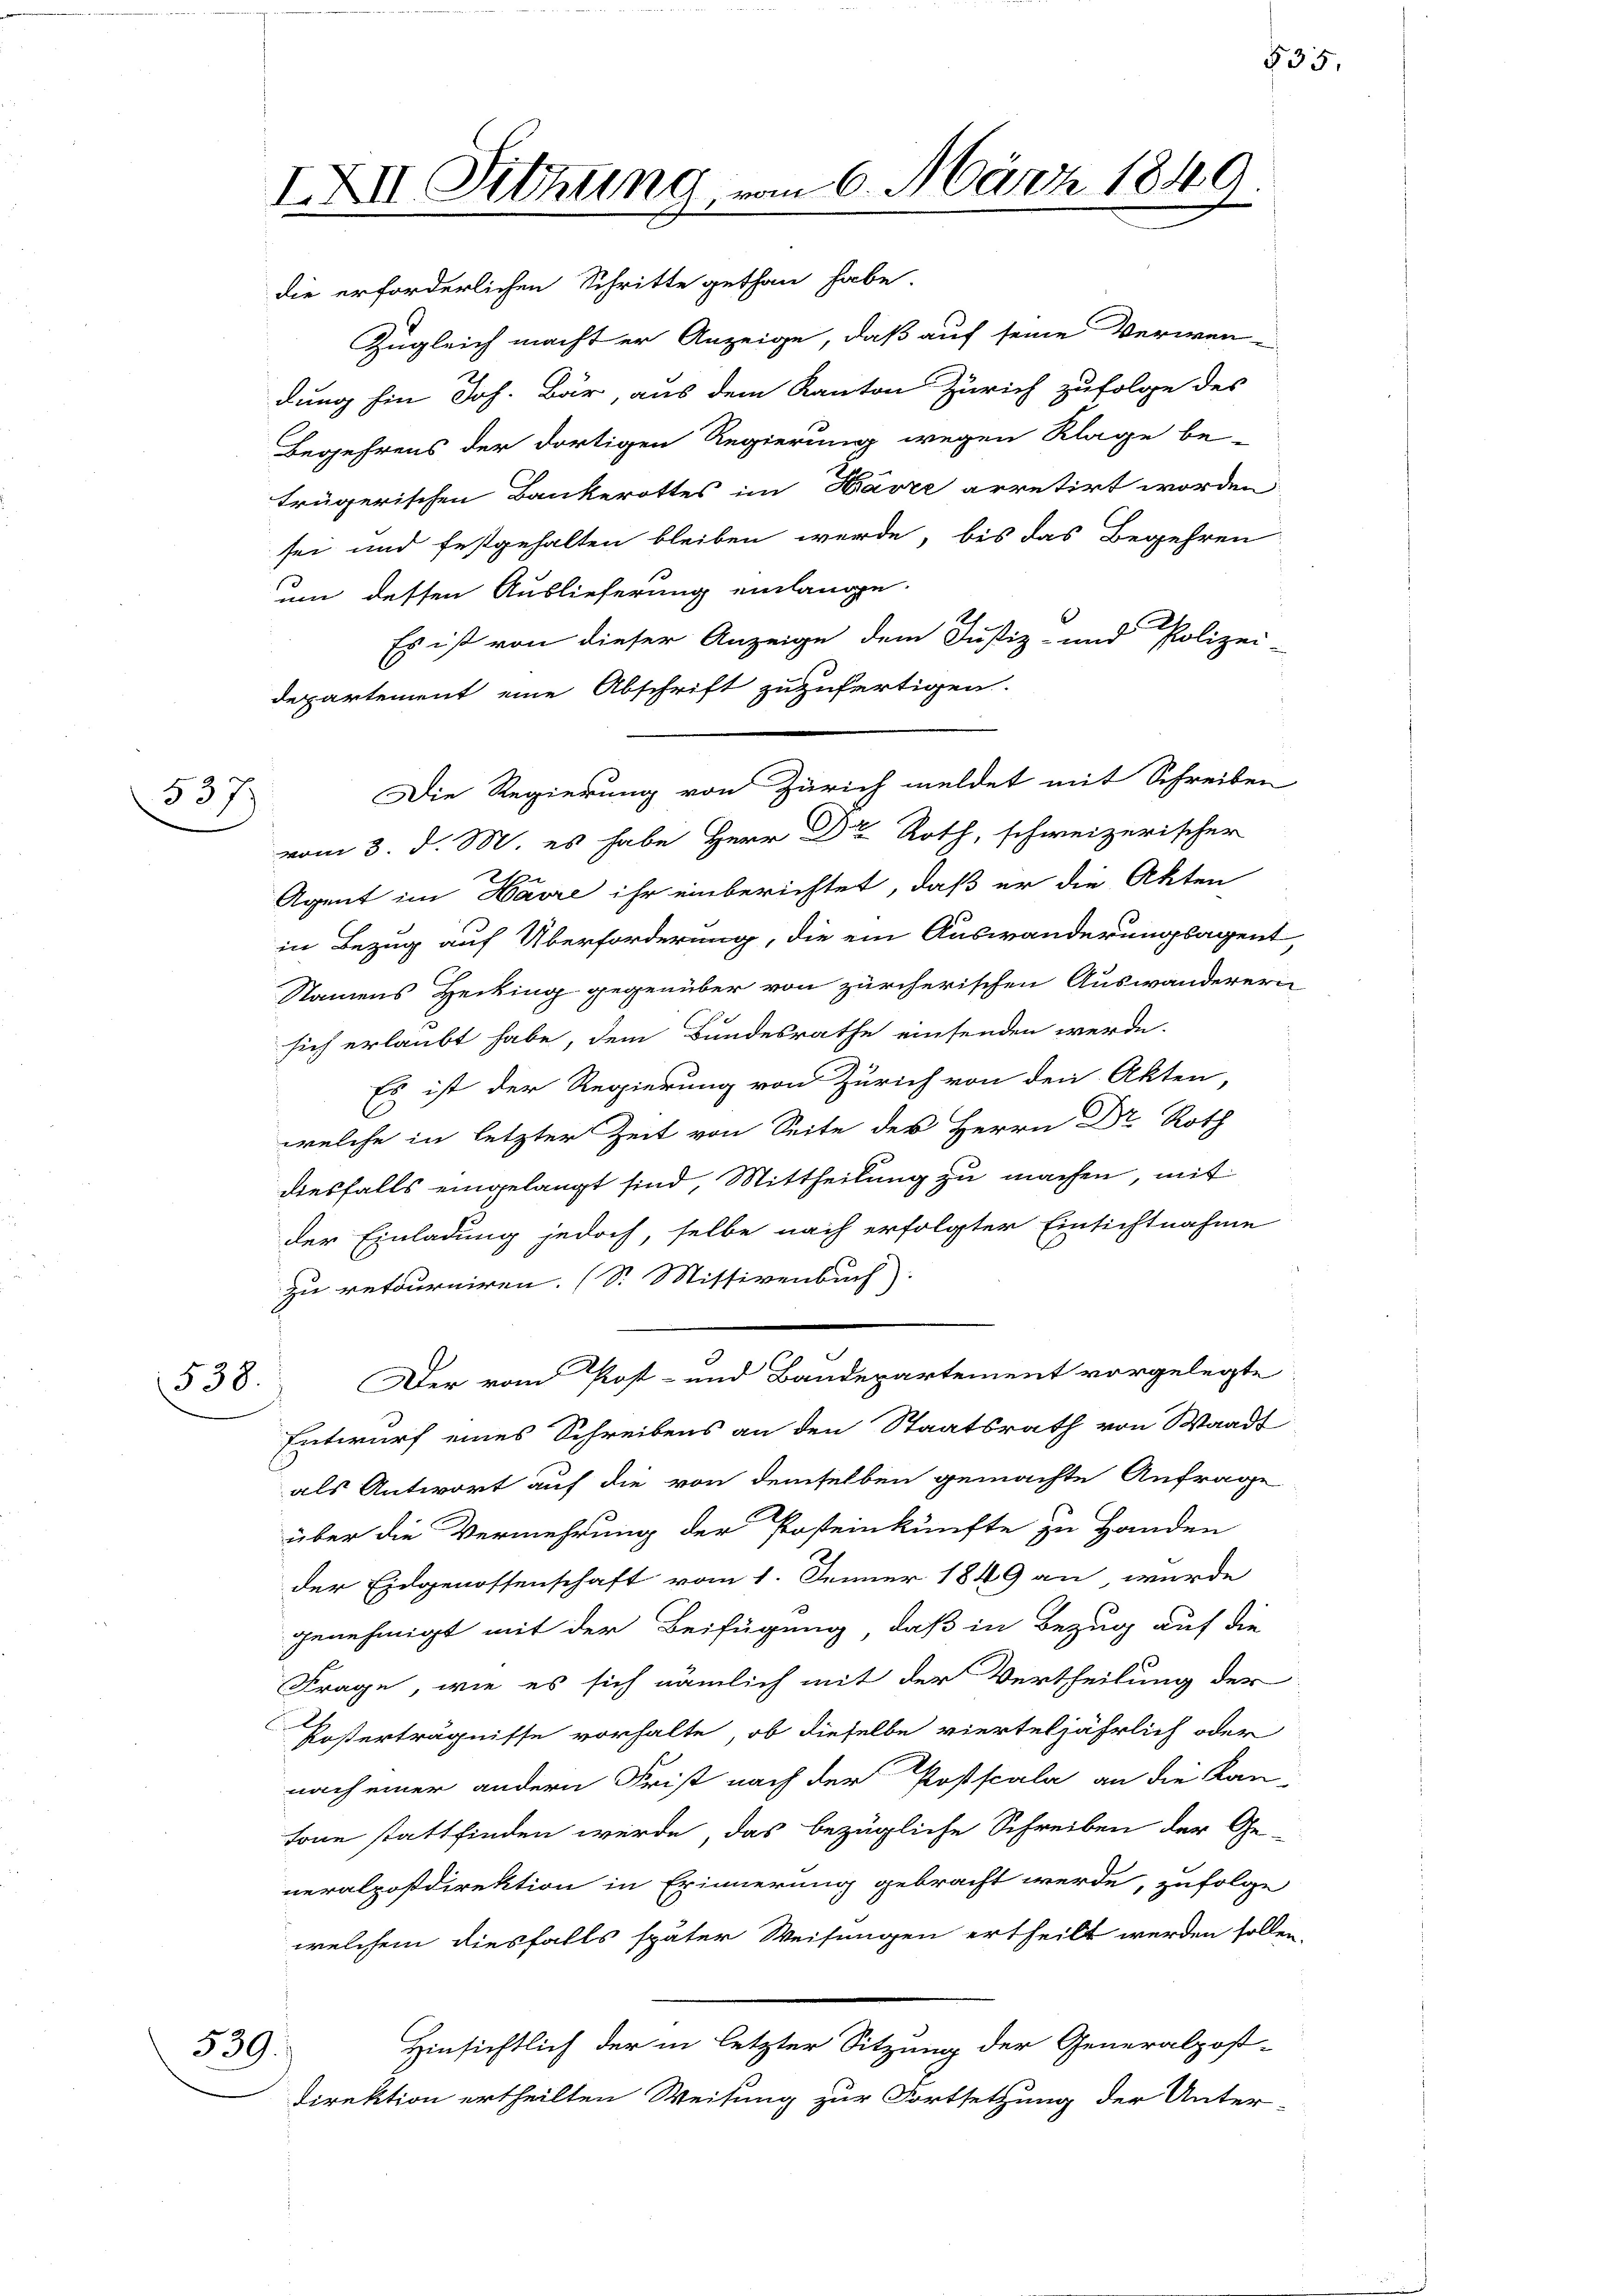
537

Zugleich macht er Anzeige, daß auf seine Verwen-
dung hin Joh. Bär, aus dem Kanton Zürich zufolge des
Begehrens der dortigen Regierung wegen Klage be-
trügerischen Bankerottes im Havre arretirt worden
sei und festgehalten bleiben werde, bis das Begehren
um dessen Auslieferung einlangen.
Es ist von dieser Anzeige dem Justiz- und Polizei
departement eine Abschrift zuzufertigen.
vom 3. d. M. es habe Herr Dr. Roth, schweizerischer
Agent im Havre ihr einberichtet, daß er die Akten
in Bezug auf Überforderung, die ein Auswanderungsagent,
Namens Hecking gegenüber von zürcherischen Auswanderern
sich erlaubt habe, dem Bundesrathe einsenden werde.
Es ist der Regierung von Zürich von den Akten,
welche in letzter Zeit von Seite des Herrn Dr. Roth
diesfalls eingelangt sind, Mittheilung zu machen, mit
der Einladung jedoch, selbe nach erfolgter Einsichtnahme
zu retourniren. (S. Missivenbuch)
Der vom Post- und Bandepartement vorgelegte
538.
Entwurf eines Schreibens an den Staatsrath von Waadt
als Antwort auf die von demselben gemachte Anfrage
über die Vermehrung der Posteinkünfte zu Handen
der Eidgenossenschaft vom 1. Jenner 1849 an wurde
genehmigt mit der Beifügung, daß in Bezug auf die
Frage, wie es sich nämlich mit der Vertheilung der
Kosterträgnisse vorhalte, ob dieselbe vierteljährlich oder
nach einer andern Frist nach der Postfcala an die Kan-
tone stattfinden werde, das bezügliche Schreiben der Ge-
neralpostdirektion in Erinnerung gebracht werde, zufolge
welchem diesfalls später Weisungen ertheilt werden solle,
Hinsichtlich der in letzter Sitzung der Generalpost-
539.
direktion ertheilten Weisung zur Fortsetzung der Unter-

IXII. Sitzung vom 6. März 1849.
die erforderlichen Schritte gethan habe.

Die Regierung von Zürich meldet mit Schreiben

§ 35.

2,